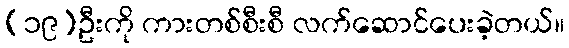
(၁၉)ဦးကို ကားတစ်စီးစီ လက်ဆောင်ပေးခဲ့တယ်။